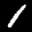
Label: 1